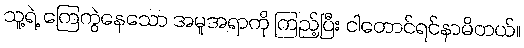
သူ့ရဲ့ ကြေကွဲနေသော အမူအရာကို ကြည့်ပြီး ငါတောင်ရင်နာမိတယ်။